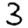
Digit: 3